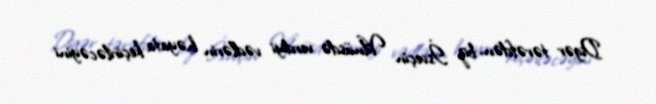
Digər tərəfdən, biz İsveçin Vilnüsdə verdiyi vədlərin həyata keçiriləcəyini